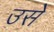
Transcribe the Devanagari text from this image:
उसेेेे